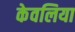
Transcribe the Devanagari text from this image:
केवलिया